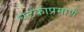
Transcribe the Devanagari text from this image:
घटकाप्रमाणे